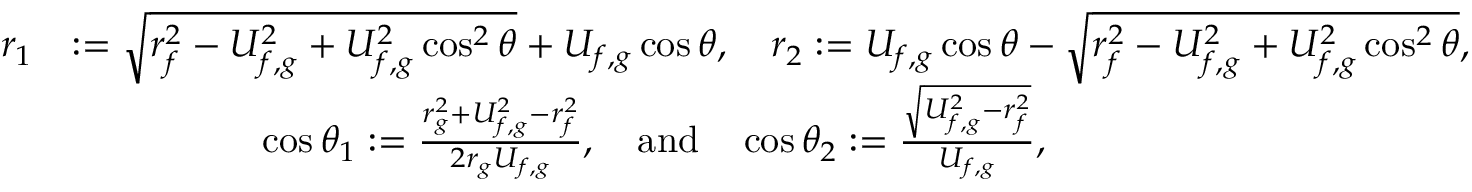
\begin{array} { r l } { r _ { 1 } } & { : = \sqrt { r _ { f } ^ { 2 } - U _ { f , g } ^ { 2 } + U _ { f , g } ^ { 2 } \cos ^ { 2 } \theta } + U _ { f , g } \cos \theta , \quad r _ { 2 } : = U _ { f , g } \cos \theta - \sqrt { r _ { f } ^ { 2 } - U _ { f , g } ^ { 2 } + U _ { f , g } ^ { 2 } \cos ^ { 2 } \theta } , } \\ & { \qquad \quad \qquad \cos \theta _ { 1 } : = \frac { r _ { g } ^ { 2 } + U _ { f , g } ^ { 2 } - r _ { f } ^ { 2 } } { 2 r _ { g } U _ { f , g } } , \quad \mathrm { a n d } \quad \cos \theta _ { 2 } : = \frac { \sqrt { U _ { f , g } ^ { 2 } - r _ { f } ^ { 2 } } } { U _ { f , g } } , } \end{array}